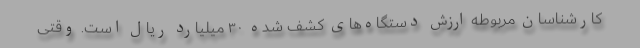
کارشناسان مربوطه ارزش دستگاه‌های کشف شده ۳۰ میلیارد ریال است. وقتی